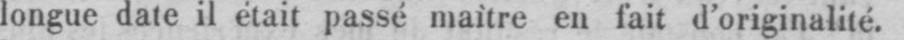
longue date il était passé maìtre en fait d’originalité.